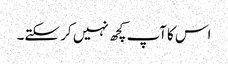
اس کاآپ کچھ نہیں کر سکتے۔